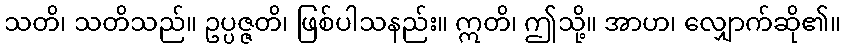
သတိ၊ သတိသည်။ ဥပ္ပဇ္ဇတိ၊ ဖြစ်ပါသနည်း။ ဣတိ၊ ဤသို့။ အာဟ၊ လျှောက်ဆို၏။